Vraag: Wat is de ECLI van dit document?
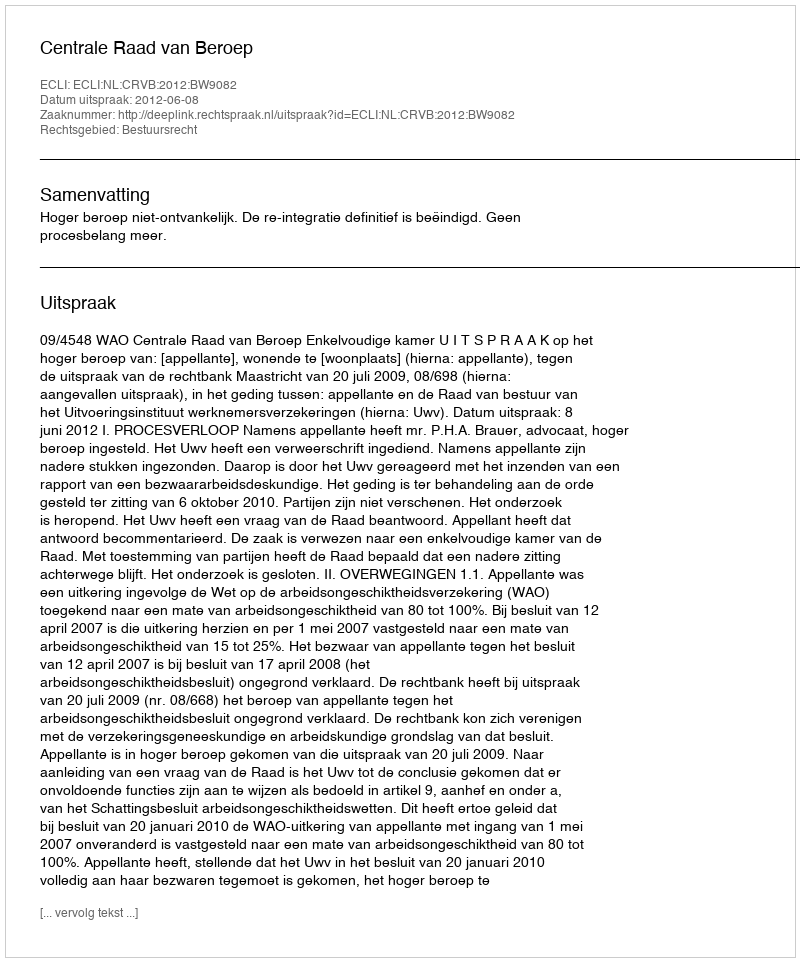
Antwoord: ECLI:NL:CRVB:2012:BW9082